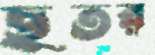
ছতর